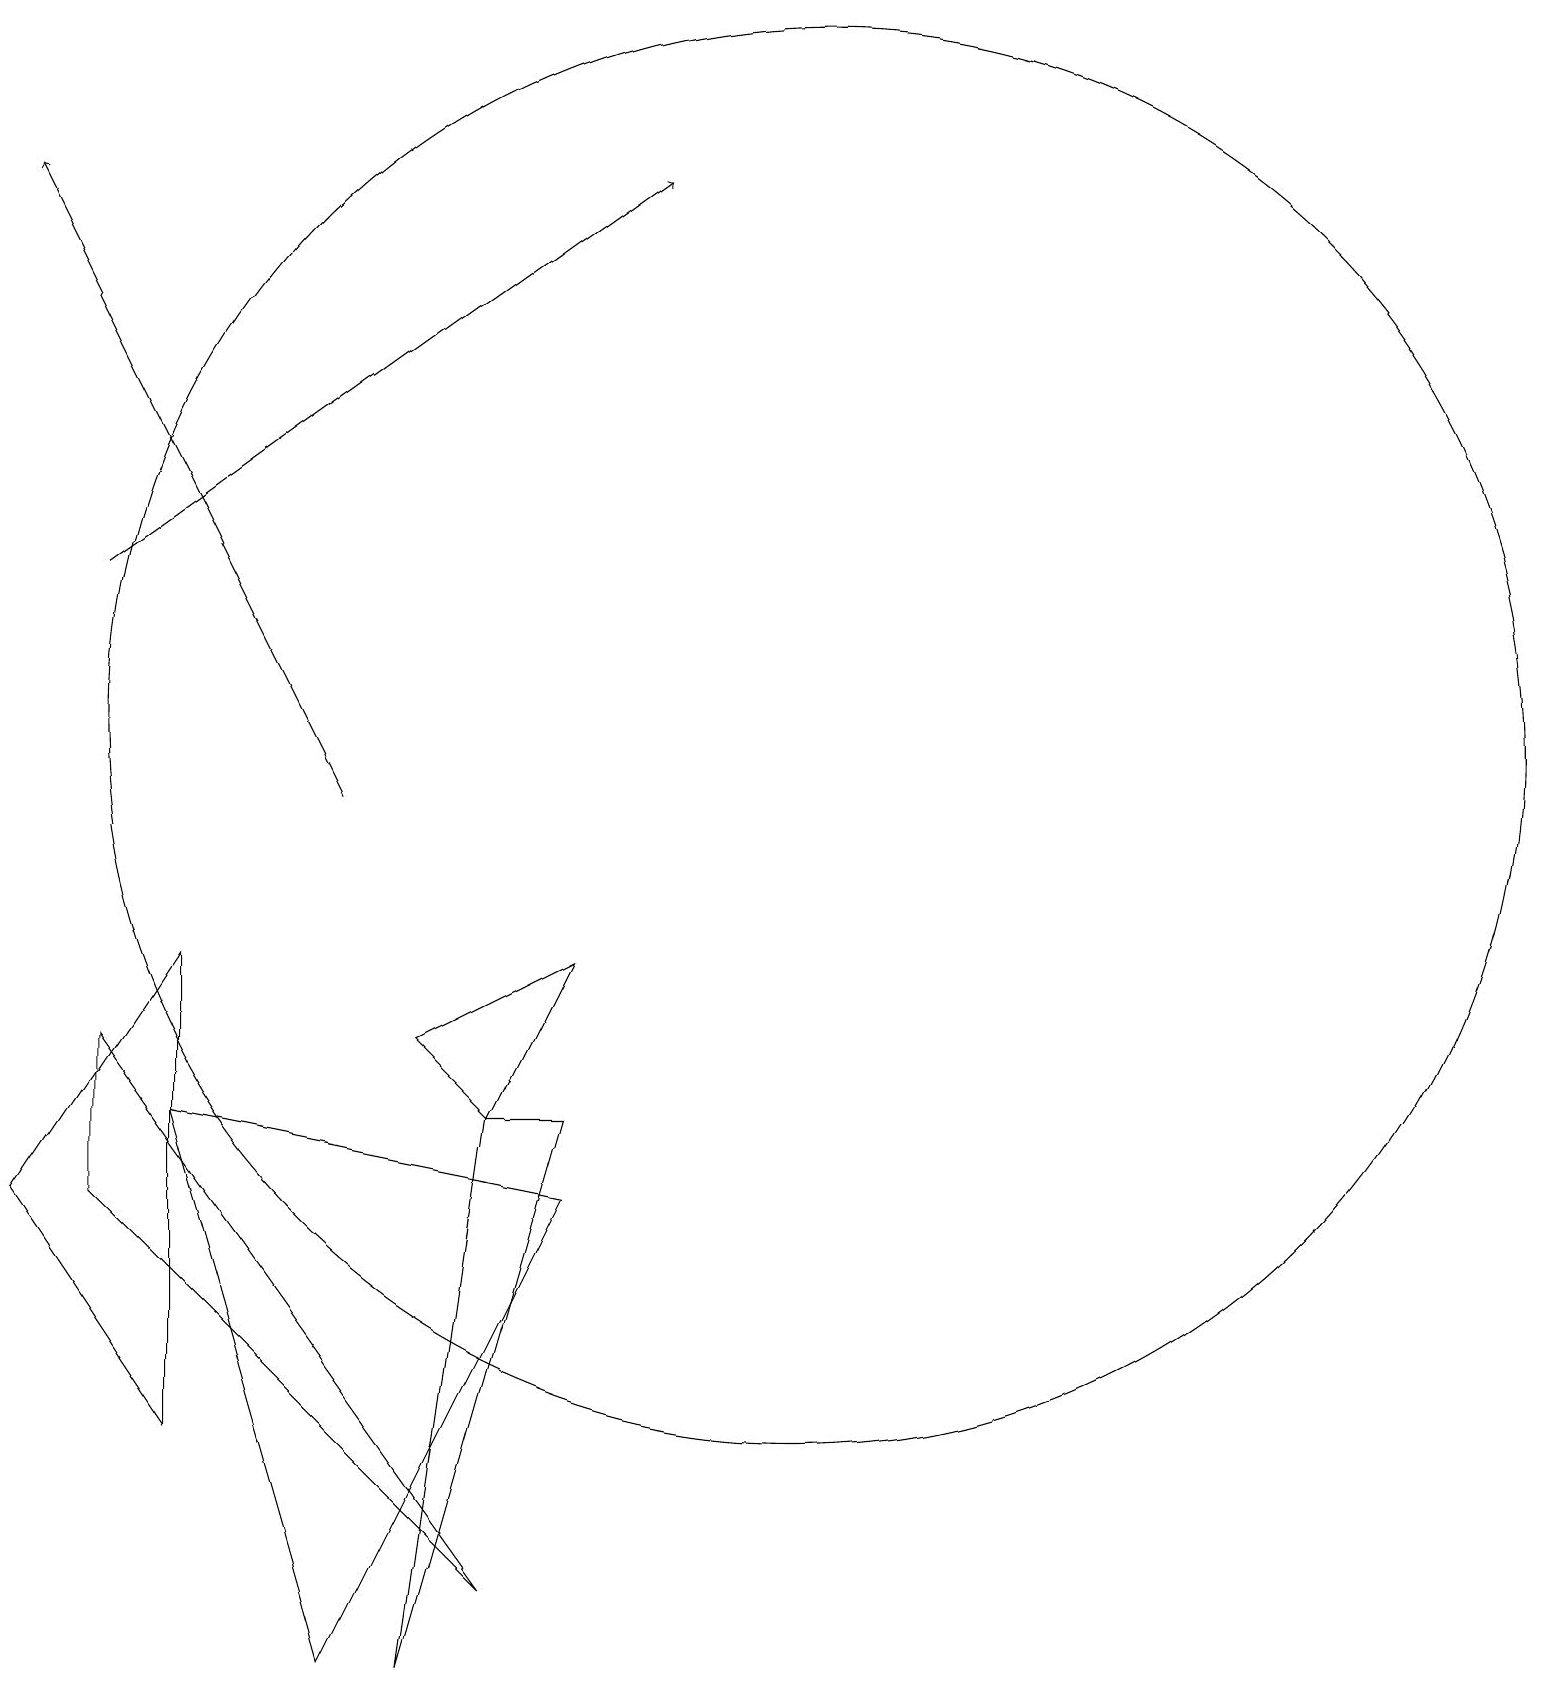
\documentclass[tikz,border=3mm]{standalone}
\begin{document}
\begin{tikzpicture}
\draw (3,9) -- (1,6) -- (3,3) -- cycle;
\draw (6,0) -- (8,7) -- (7,7) -- cycle;
\draw[->] (5,11) -- (1,19);
\draw (8,9) -- (6,8) -- (7,7) -- cycle;
\draw (5,0) -- (3,7) -- (8,6) -- cycle;
\draw (11,12) circle (9);
\draw (2,6) -- (2,8) -- (7,1) -- cycle;
\draw[->] (2,14) -- (9,19);
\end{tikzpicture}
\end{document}